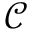
\mathcal { C }